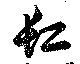
缸